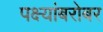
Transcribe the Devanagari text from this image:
पक्ष्यांबरोबर